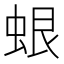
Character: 蛝